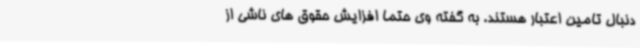
دنبال تامین اعتبار هستند. به گفته وی حتما افزایش حقوق های ناشی از